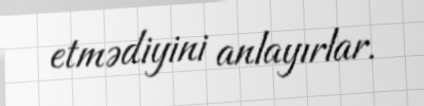
etmədiyini anlayırlar.